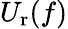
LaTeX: U_{\mathrm{r}}(f)